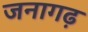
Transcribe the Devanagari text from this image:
जनागढ़